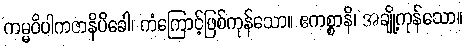
ကမ္မဝိပါကဇာနိပိခေါ၊ ကံကြောင့်ဖြစ်ကုန်သော။ ဧကစ္စာနိ၊ အချို့ကုန်သော။